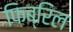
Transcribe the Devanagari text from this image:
फिब्रिल